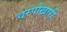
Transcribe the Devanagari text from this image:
चरपोखारी